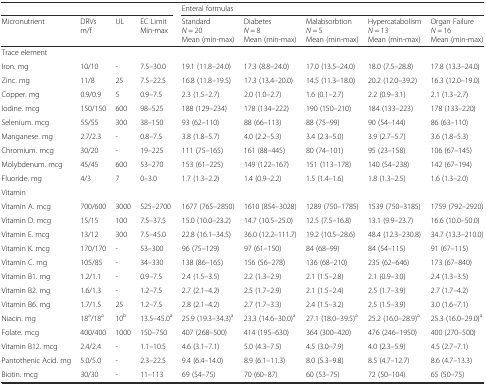
<table><thead><tr><td colspan="4"></td><td colspan="5"><b>Enteral formulas</b></td></tr><tr><td><b>Micronutrient</b></td><td><b>DRVsm/f</b></td><td><b>UL</b></td><td><b>EC LimitMin-max</b></td><td><b>Standard<i>N</i> = 20Mean (min-max)</b></td><td><b>Diabetes<i>N</i> = 8Mean (min-max)</b></td><td><b>Malabsorbtion<i>N</i> = 5Mean (min-max)</b></td><td><b>Hypercatabolism<i>N</i> = 13Mean (min-max)</b></td><td><b>Organ Failure<i>N</i> = 16Mean (min-max)</b></td></tr></thead><tbody><tr><td colspan="9">Trace element</td></tr><tr><td>Iron. mg</td><td>10/10</td><td>-</td><td>7.5–30.0</td><td>19.1 (11.8–24.0)</td><td>17.3 (8.8–24.0)</td><td>17.0 (13.5–24.0)</td><td>18.0 (7.5–28.8)</td><td>17.8 (13.3–24.0)</td></tr><tr><td>Zinc. mg</td><td>11/8</td><td>25</td><td>7.5–22.5</td><td>16.8 (11.8–19.5)</td><td>17.3 (13.4–20.0)</td><td>14.5 (11.3–18.0)</td><td>20.2 (12.0–39.2)</td><td>16.3 (12.0–19.0)</td></tr><tr><td>Copper. mg</td><td>0.9/0.9</td><td>5</td><td>0.9–7.5</td><td>2.3 (1.5–2.7)</td><td>2.0 (1.0–2.7)</td><td>1.6 (0.1–2.7)</td><td>2.2 (0.9–3.1)</td><td>2.1 (1.3–2.7)</td></tr><tr><td>Iodine. mcg</td><td>150/150</td><td>600</td><td>98–525</td><td>188 (129–234)</td><td>178 (134–222)</td><td>190 (150–210)</td><td>184 (133–223)</td><td>178 (133–220)</td></tr><tr><td>Selenium. mcg</td><td>55/55</td><td>300</td><td>38–150</td><td>93 (62–110)</td><td>88 (66–113)</td><td>88 (75–99)</td><td>90 (54–144)</td><td>86 (63–110)</td></tr><tr><td>Manganese. mg</td><td>2.7/2.3</td><td>-</td><td>0.8–7.5</td><td>3.8 (1.8–5.7)</td><td>4.0 (2.2–5.3)</td><td>3.4 (2.3–5.0)</td><td>3.9 (2.7–5.7)</td><td>3.6 (1.8–5.3)</td></tr><tr><td>Chromium. mcg</td><td>30/20</td><td>-</td><td>19–225</td><td>111 (75–165)</td><td>161 (88–445)</td><td>80 (74–101)</td><td>95 (23–158)</td><td>106 (67–145)</td></tr><tr><td>Molybdenum. mcg</td><td>45/45</td><td>600</td><td>53–270</td><td>153 (61–225)</td><td>149 (122–167)</td><td>151 (113–178)</td><td>140 (54–238)</td><td>142 (67–194)</td></tr><tr><td>Fluoride. mg</td><td>4/3</td><td>7</td><td>0–3.0</td><td>1.7 (1.3–2.2)</td><td>1.4 (0.9–2.2)</td><td>1.5 (1.4–1.6)</td><td>1.8 (1.3–2.5)</td><td>1.6 (1.3–2.0)</td></tr><tr><td colspan="9">Vitamin</td></tr><tr><td>Vitamin A. mcg</td><td>700/600</td><td>3000</td><td>525–2700</td><td>1677 (765–2850)</td><td>1610 (854–3028)</td><td>1289 (750–1785)</td><td>1539 (750–3185)</td><td>1759 (792–2920)</td></tr><tr><td>Vitamin D. mcg</td><td>15/15</td><td>100</td><td>7.5–37.5</td><td>15.0 (10.0–23.2)</td><td>14.7 (10.5–25.0)</td><td>12.5 (7.5–16.8)</td><td>13.1 (9.9–23.7)</td><td>16.6 (10.0–50.0)</td></tr><tr><td>Vitamin E. mcg</td><td>13/12</td><td>300</td><td>7.5–45.0</td><td>22.8 (16.1–34.5)</td><td>36.0 (12.2–111.7)</td><td>19.2 (10.5–28.6)</td><td>48.4 (12.3–230.8)</td><td>34.7 (13.3–210.0)</td></tr><tr><td>Vitamin K. mcg</td><td>170/170</td><td>-</td><td>53–300</td><td>96 (75–129)</td><td>97 (61–150)</td><td>84 (68–99)</td><td>84 (54–115)</td><td>91 (67–115)</td></tr><tr><td>Vitamin C. mg</td><td>105/85</td><td>-</td><td>34–330</td><td>138 (86–165)</td><td>156 (56–278)</td><td>136 (68–210)</td><td>235 (62–646)</td><td>173 (67–840)</td></tr><tr><td>Vitamin B1. mg</td><td>1.2/1.1</td><td>-</td><td>0.9–7.5</td><td>2.4 (1.5–3.5)</td><td>2.2 (1.3–2.9)</td><td>2.1 (1.5–2.8)</td><td>2.1 (0.9–3.0)</td><td>2.4 (1.3–3.5)</td></tr><tr><td>Vitamin B2. mg</td><td>1.6/1.3</td><td>-</td><td>1.2–7.5</td><td>2.7 (2.1–4.2)</td><td>2.5 (1.7–2.9)</td><td>2.1 (1.5–2.4)</td><td>2.5 (1.7–3.9)</td><td>2.7 (1.7–4.2)</td></tr><tr><td>Vitamin B6. mg</td><td>1.7/1.5</td><td>25</td><td>1.2–7.5</td><td>2.8 (2.1–4.2)</td><td>2.7 (1.7–3.3)</td><td>2.4 (1.5–3.2)</td><td>2.5 (1.5–3.9)</td><td>3.0 (1.6–7.1)</td></tr><tr><td>Niacin. mg</td><td>18<sup>a</sup>/18<sup>a</sup></td><td>10<sup>b</sup></td><td>13.5–45.0<sup>a</sup></td><td>25.9 (19.3–34.3)<sup>a</sup></td><td>23.3 (14.6–30.0)<sup>a</sup></td><td>27.1 (18.0–39.5)<sup>a</sup></td><td>25.2 (16.0–28.9)<sup>a</sup></td><td>25.3 (16.0–29.0)<sup>a</sup></td></tr><tr><td>Folate. mcg</td><td>400/400</td><td>1000</td><td>150–750</td><td>407 (268–500)</td><td>414 (195–630)</td><td>364 (300–420)</td><td>476 (246–1950)</td><td>400 (270–500)</td></tr><tr><td>Vitamin B12. mcg</td><td>2.4/2.4</td><td>-</td><td>1.1–10.5</td><td>4.6 (3.1–7.1)</td><td>5.0 (4.3–7.5)</td><td>4.5 (3.0–7.9)</td><td>4.0 (2.3–5.9)</td><td>4.5 (2.7–7.1)</td></tr><tr><td>Pantothenic Acid. mg</td><td>5.0/5.0</td><td>-</td><td>2.3–22.5</td><td>9.4 (6.4–14.0)</td><td>8.9 (6.1–11.3)</td><td>8.0 (5.3–9.8)</td><td>8.5 (4.7–12.7)</td><td>8.6 (4.7–13.3)</td></tr><tr><td>Biotin. mcg</td><td>30/30</td><td>-</td><td>11–113</td><td>69 (54–75)</td><td>70 (60–87)</td><td>60 (53–75)</td><td>72 (50–104)</td><td>65 (50–75)</td></tr></tbody></table>